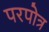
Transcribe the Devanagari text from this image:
परपोत्र